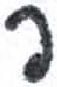
אות: פ